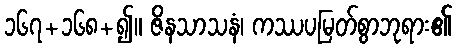
၁၆၇+၁၆၈+၍။ ဇိနသာသနံ၊ ကဿပမြတ်စွာဘုရား၏